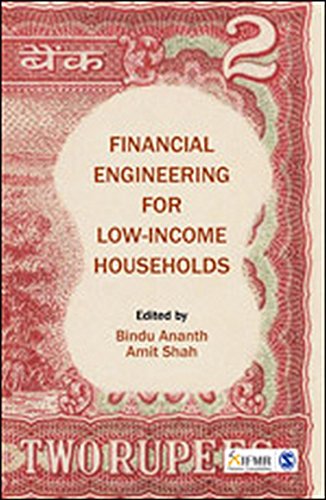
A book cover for Financial Engineering for Low-Income Households; Business & Money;